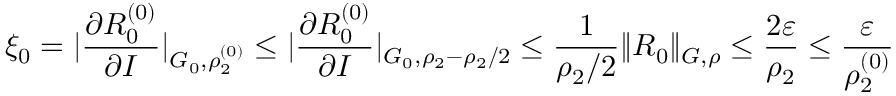
\xi _ { 0 } = | \frac { \partial R _ { 0 } ^ { ( 0 ) } } { \partial I } | _ { G _ { 0 } , \rho _ { 2 } ^ { ( 0 ) } } \leq | \frac { \partial R _ { 0 } ^ { ( 0 ) } } { \partial I } | _ { G _ { 0 } , \rho _ { 2 } - \rho _ { 2 } / 2 } \leq \frac { 1 } { \rho _ { 2 } / 2 } \| R _ { 0 } \| _ { G , \rho } \leq \frac { 2 \varepsilon } { \rho _ { 2 } } \leq \frac { \varepsilon } { \rho _ { 2 } ^ { ( 0 ) } }